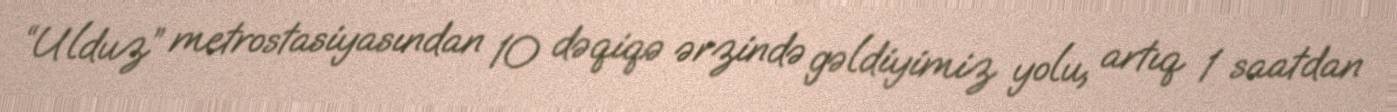
“Ulduz” metrostasiyasından 10 dəqiqə ərzində gəldiyimiz yolu, artıq 1 saatdan